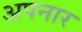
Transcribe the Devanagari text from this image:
अपनार